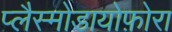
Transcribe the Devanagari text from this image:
प्लैस्मोडायोफ़ोरा